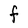
Character: F